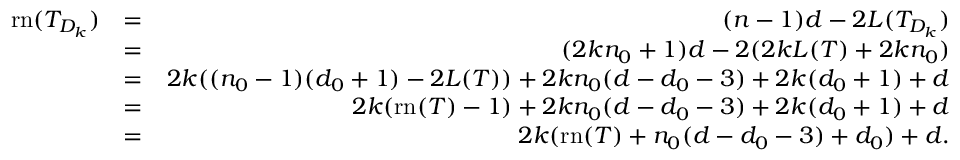
\begin{array} { r l r } { \mathrm { r n } ( T _ { D _ { k } } ) } & { = } & { ( n - 1 ) d - 2 L ( T _ { D _ { k } } ) } \\ & { = } & { ( 2 k n _ { 0 } + 1 ) d - 2 ( 2 k L ( T ) + 2 k n _ { 0 } ) } \\ & { = } & { 2 k ( ( n _ { 0 } - 1 ) ( d _ { 0 } + 1 ) - 2 L ( T ) ) + 2 k n _ { 0 } ( d - d _ { 0 } - 3 ) + 2 k ( d _ { 0 } + 1 ) + d } \\ & { = } & { 2 k ( \mathrm { r n } ( T ) - 1 ) + 2 k n _ { 0 } ( d - d _ { 0 } - 3 ) + 2 k ( d _ { 0 } + 1 ) + d } \\ & { = } & { 2 k ( \mathrm { r n } ( T ) + n _ { 0 } ( d - d _ { 0 } - 3 ) + d _ { 0 } ) + d . } \end{array}